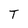
Character: T